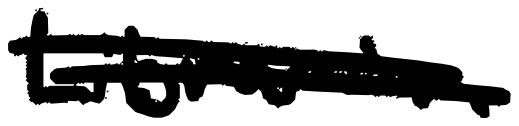
Text: Librarian
Cross-out: double-line
Writing tool: digital_black